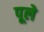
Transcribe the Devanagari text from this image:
पूले